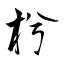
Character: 枍